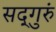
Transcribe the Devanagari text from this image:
सद्‌गुरुं